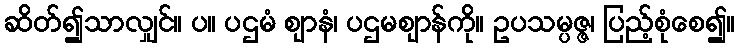
ဆိတ်၍သာလျှင်။ ပ။ ပဌမံ ဈာနံ၊ ပဌမဈာန်ကို။ ဥပသမ္ပဇ္ဇ၊ ပြည့်စုံစေ၍။